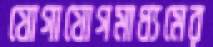
যোগাযোগমাধ্যমের